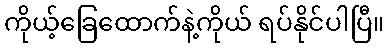
ကိုယ့်ခြေထောက်နဲ့ကိုယ် ရပ်နိုင်ပါပြီ။